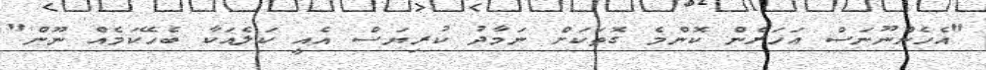
"އެހެންނޫނަސް އަހަރެން ކޮންމެ ގޮތަކަށް ނަމާދު ކުރިޔަސް އެއީ ކަލެއަކާ ބެހޭކަމެއް ނޫން"